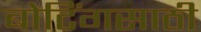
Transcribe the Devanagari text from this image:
बोटिंगसाठी